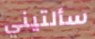
سألتيني